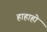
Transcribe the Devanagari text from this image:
हाहाहो